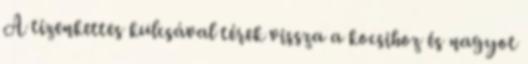
A tizenkettes kulcsával térek vissza a kocsihoz és nagyot